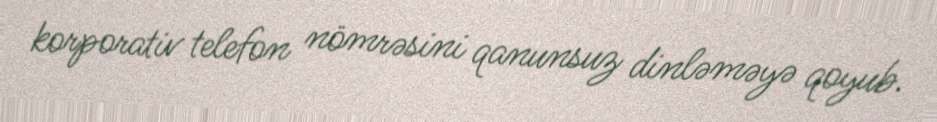
korporativ telefon nömrəsini qanunsuz dinləməyə qoyub.